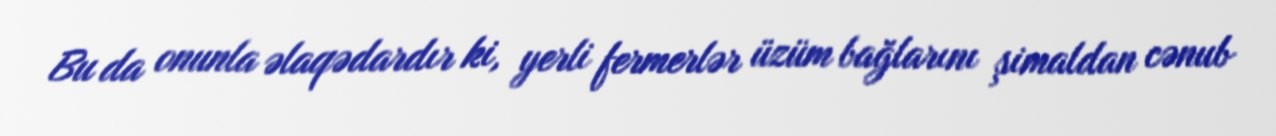
Bu da onunla əlaqədardır ki, yerli fermerlər üzüm bağlarını şimaldan cənub